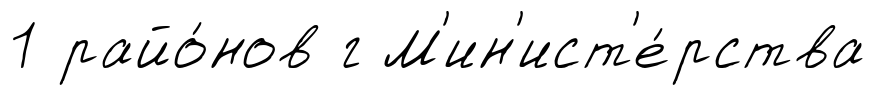
1 райо́нов г М'ин'ист'е́рства